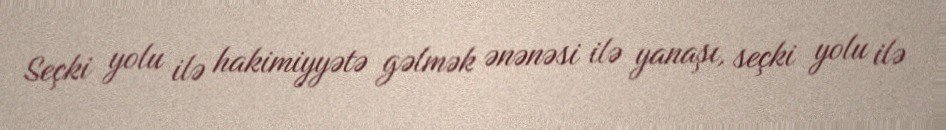
Seçki yolu ilə hakimiyyətə gəlmək ənənəsi ilə yanaşı, seçki yolu ilə